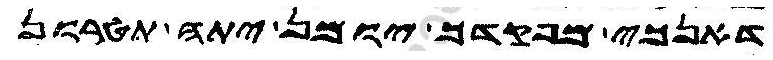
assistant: דאנכי מפקדך יומן יתה תטרון